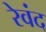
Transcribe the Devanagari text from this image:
रेवंद